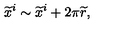
{ \widetilde x } ^ { i } \sim { \widetilde x } ^ { i } + 2 \pi { \widetilde r } ,